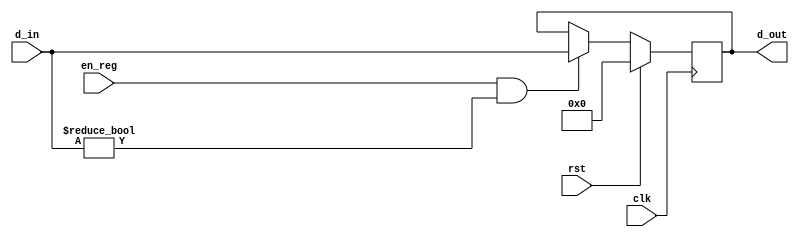
module reg32 ( clk, rst, en_reg, d_in, d_out );
    input clk, rst, en_reg;
    input[31:0]	d_in;
    output[31:0] d_out;
    reg [31:0] d_out;
   
    always @( posedge clk ) begin
        if ( rst )
			d_out <= 32'b0;
        else if ( en_reg && d_in != 32'd0 )
			d_out <= d_in;
    end

endmodule